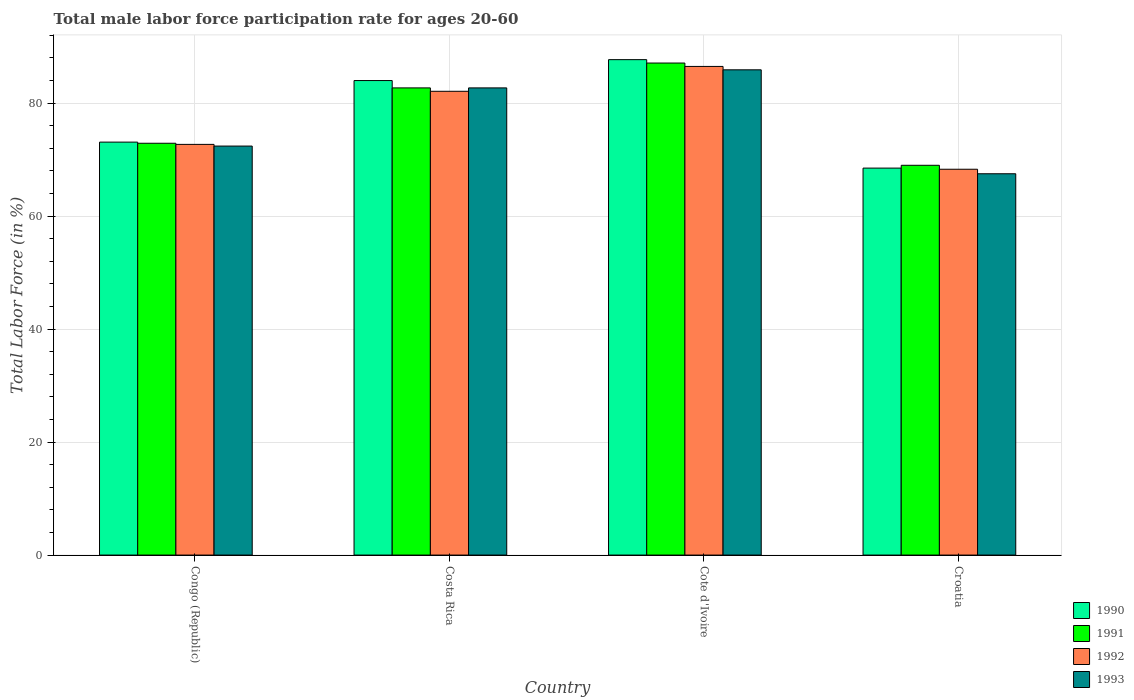
| Country | 1990 | 1991 | 1992 | 1993 |
 | --- | --- | --- | --- | --- |
 | Congo (Republic) | 73.1 | 72.9 | 72.7 | 72.4 |
 | Costa Rica | 84 | 82.7 | 82.1 | 82.7 |
 | Cote d'Ivoire | 87.7 | 87.1 | 86.5 | 85.9 |
 | Croatia | 68.5 | 69 | 68.3 | 67.5 |